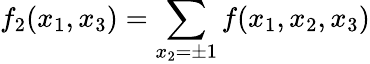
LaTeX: f_{2}(x_{1},x_{3})=\sum_{x_{2}=\pm 1}f(x_{1},x_{2},x_{3})